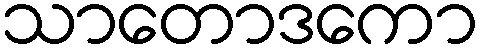
သာတောဒကော